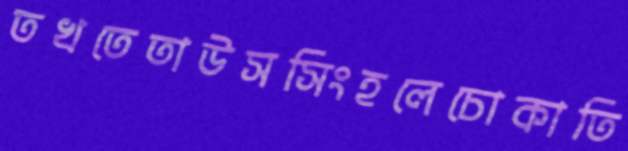
তখতেতাউসসিংহলেচোকাতি